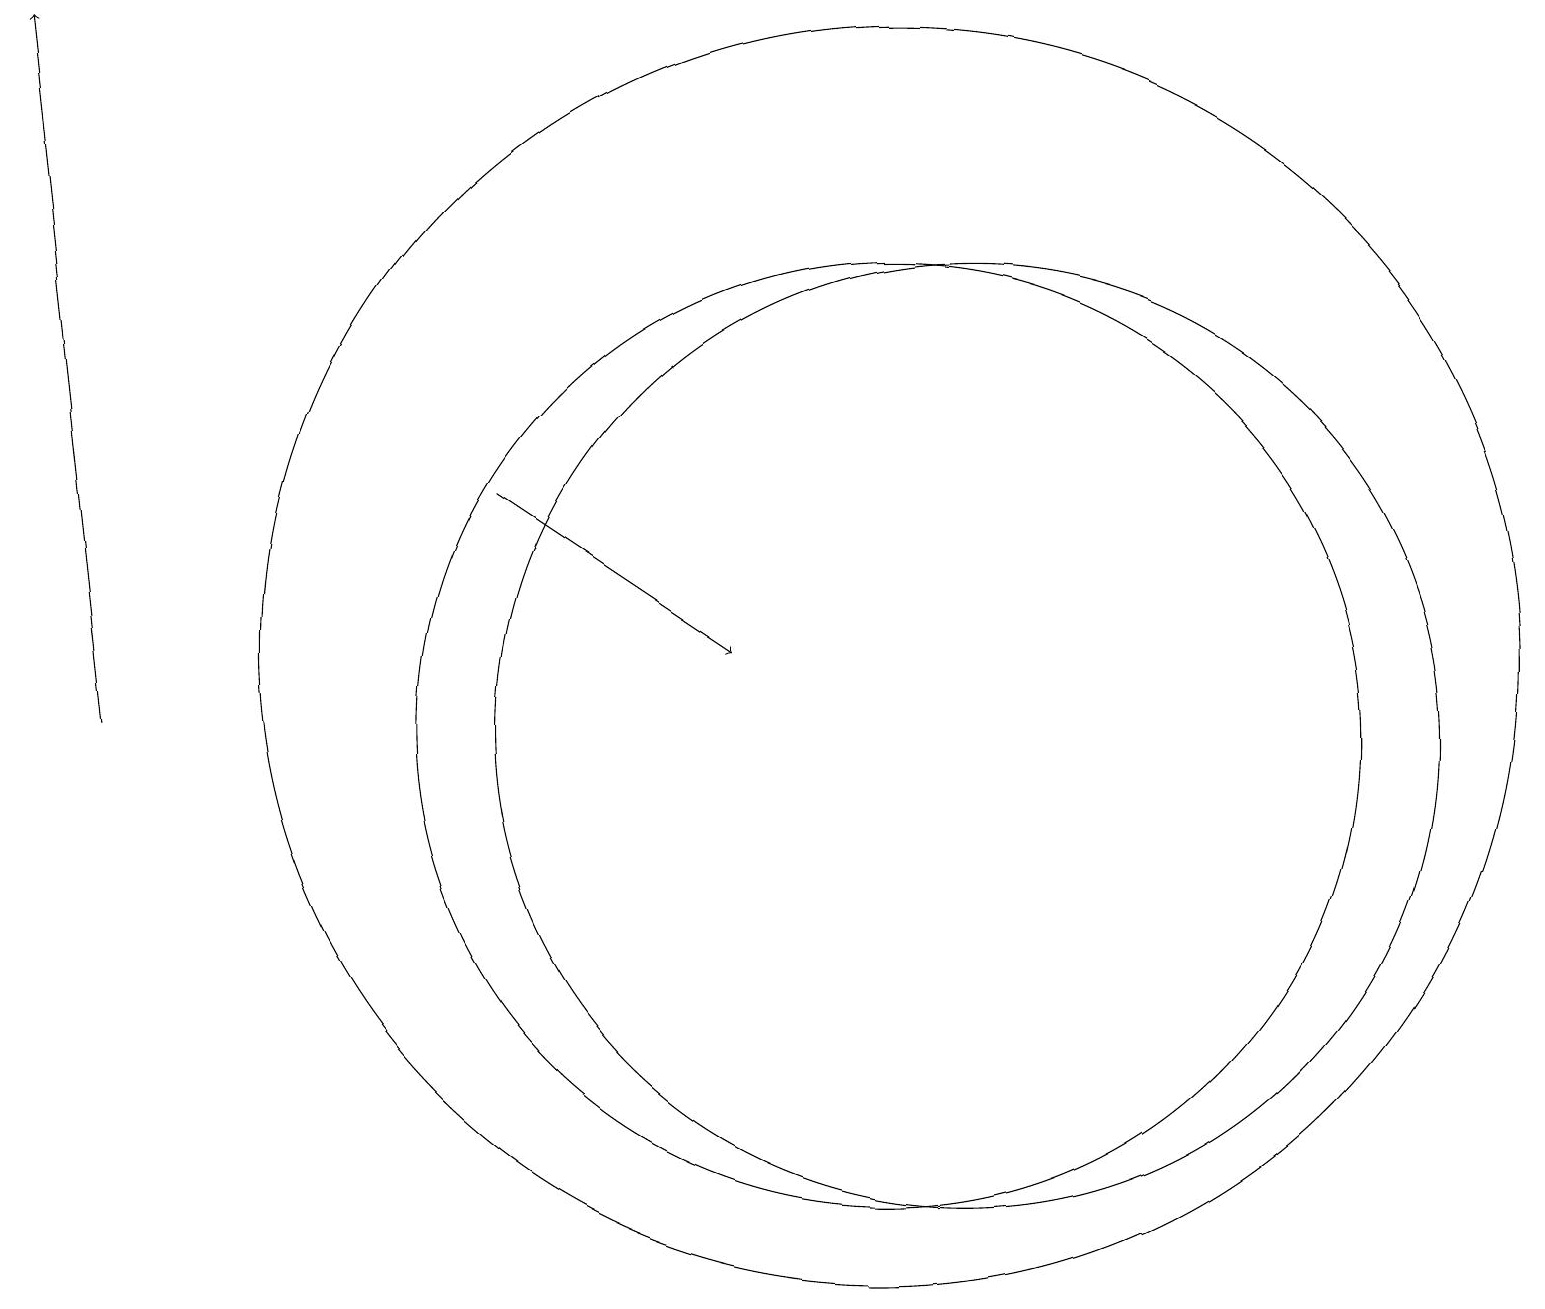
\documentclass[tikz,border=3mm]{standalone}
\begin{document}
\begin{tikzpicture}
\draw (12,10) circle (6);
\draw (11,11) circle (8);
\draw[->] (1,10) -- (0,19);
\draw[->] (6,13) -- (9,11);
\draw (11,10) circle (6);
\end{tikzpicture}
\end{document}